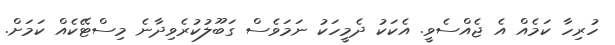
ހުރިހާ ކަމެއް އެ ޖެއްސެވީ. އެކަކު ދެމީހަކު ނަމަވެސް ގަބޫލުކުރެވިދާނެ މިސްޓޭކެއް ކަމަށް.